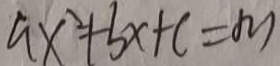
a x ^ { 2 } + b x + c = m